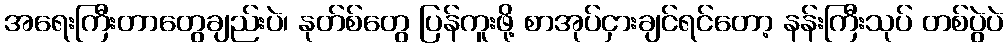
အရေးကြီးတာတွေချည်းပဲ၊ နုတ်စ်တွေ ပြန်ကူးဖို့ စာအုပ်ငှားချင်ရင်တော့ နန်းကြီးသုပ် တစ်ပွဲပဲ